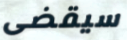
سيقضى